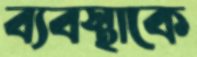
ব্যবস্থাকে